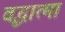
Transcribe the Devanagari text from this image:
वृद्धात्मा